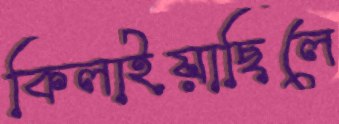
কিলাইয়াছিলে